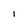
Character: I